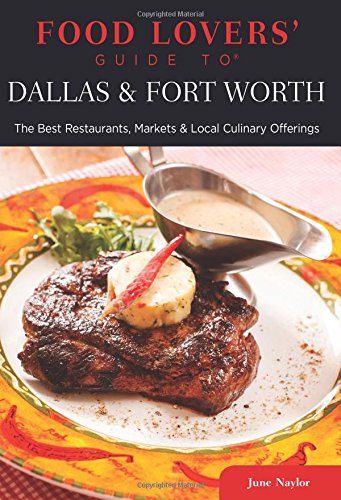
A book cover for Food Lovers' Guide toÂ® Dallas & Fort Worth: The Best Restaurants, Markets & Local Culinary Offerings (Food Lovers' Series); June Naylor; Travel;